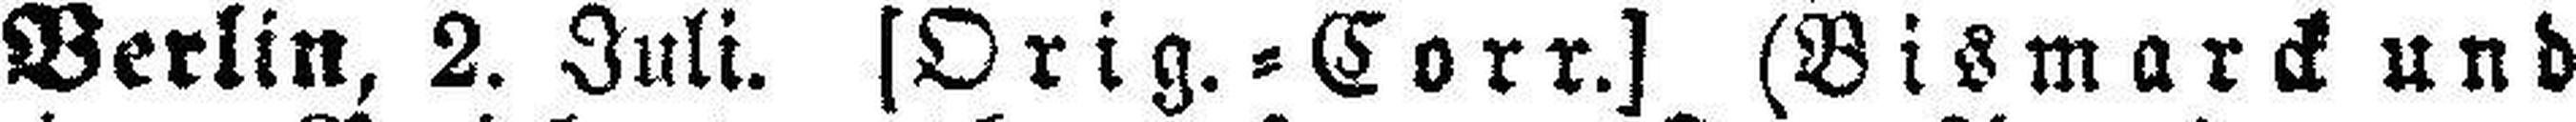
Berlin, 2. Juli. [Orig.=Corr.] (Bismarck und